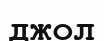
джол